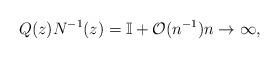
LaTeX: \begin{align*}Q(z)N^{-1}(z) = \mathbb{I}+\mathcal{O}(n^{-1})n\to\infty,\end{align*}